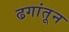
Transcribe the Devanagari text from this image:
ढगांतून